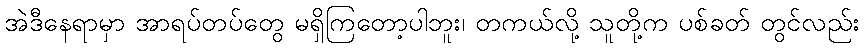
အဲဒီနေရာမှာ အာရပ်တပ်တွေ မရှိကြတော့ပါဘူး၊ တကယ်လို့ သူတို့က ပစ်ခတ် တွင်လည်း